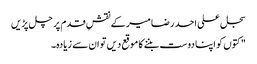
سجل علی احد رضا میر کے نقشِ قدم پر چل پڑیں
" کتوں کو اپنا دوست بننے کا موقع دیں تو ان سے زیادہ۔